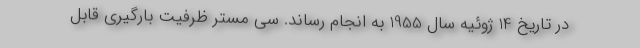
در تاریخ 14 ژوئیه سال 1955 به انجام رساند. سی مستر ظرفیت بارگیری قابل